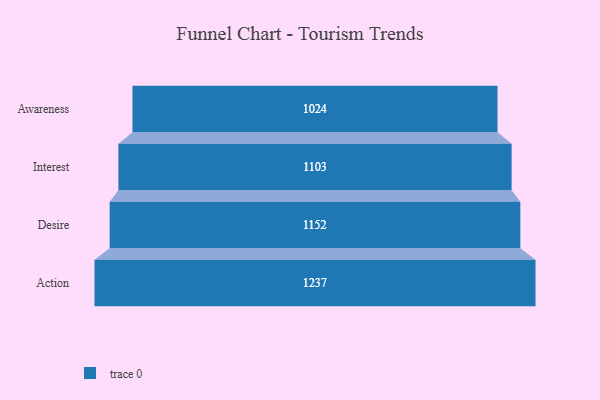
{"axis": {"x": "Stage", "y": "Value"}, "legend": [""], "data": [{"x": "Awareness", "y": 1024.0, "type": ""}, {"x": "Interest", "y": 1103.0, "type": ""}, {"x": "Desire", "y": 1152.0, "type": ""}, {"x": "Action", "y": 1237.0, "type": ""}]}